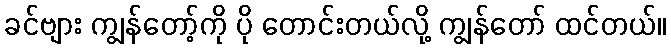
ခင်ဗျား ကျွန်တော့်ကို ပို တောင်းတယ်လို့ ကျွန်တော် ထင်တယ်။